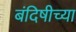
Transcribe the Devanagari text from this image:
बंदिषीच्या